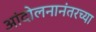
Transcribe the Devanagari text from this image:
आंदोलनानंतरच्या